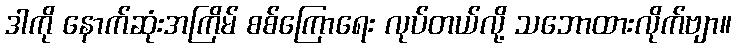
ဒါကို နောက်ဆုံးအကြိမ် စစ်ကြောရေး လုပ်တယ်လို့ သဘောထားလိုက်ဗျာ။